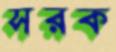
সরক